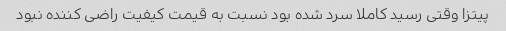
پیتزا وقتی رسید کاملا سرد شده بود نسبت به قیمت کیفیت راضی کننده نبود